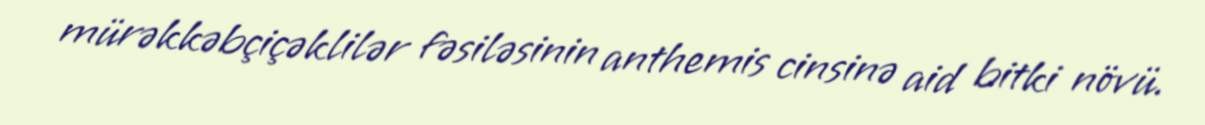
mürəkkəbçiçəklilər fəsiləsinin anthemis cinsinə aid bitki növü.